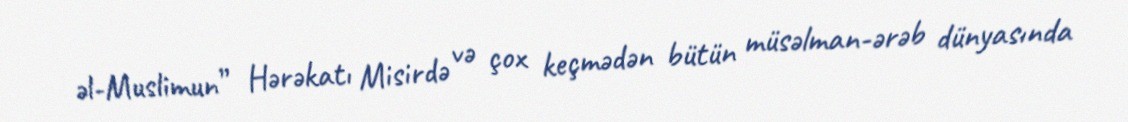
əl-Muslimun” Hərəkatı Misirdə və çox keçmədən bütün müsəlman-ərəb dünyasında